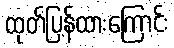
ထုတ်ပြန်ထားကြောင်း